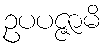
ဥပပဇ္ဇာမိ